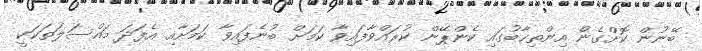
ބޭނުން ކޮށްގެން އިންތިޚާބުގައި ކެންޕޭން ކުރައްވާފައިވާ ކަމަށް ބުނެފައިވާ ކަމަށާއި އެފަދަ މައްސަލަތަކަކީ